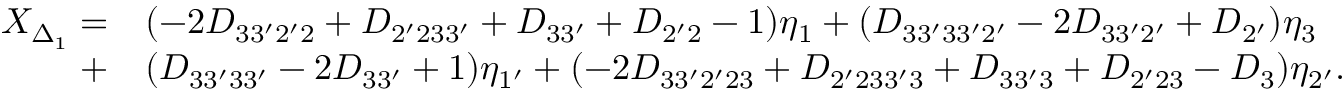
\begin{array} { r l } { X _ { \Delta _ { 1 } } = } & { ( - 2 D _ { 3 3 ^ { \prime } 2 ^ { \prime } 2 } + D _ { 2 ^ { \prime } 2 3 3 ^ { \prime } } + D _ { 3 3 ^ { \prime } } + D _ { 2 ^ { \prime } 2 } - 1 ) { \eta _ { 1 } } + ( { { D _ { 3 3 ^ { \prime } 3 3 ^ { \prime } 2 ^ { \prime } } } - 2 { D _ { 3 3 ^ { \prime } 2 ^ { \prime } } } + { D _ { 2 ^ { \prime } } } } ) { \eta _ { 3 } } } \\ { + } & { ( { D _ { 3 3 ^ { \prime } 3 3 ^ { \prime } } - 2 { D _ { 3 3 ^ { \prime } } } + 1 } ) { \eta _ { 1 ^ { \prime } } } + ( - 2 { D _ { 3 3 ^ { \prime } 2 ^ { \prime } 2 3 } } + { D _ { 2 ^ { \prime } 2 3 3 ^ { \prime } 3 } } + { D _ { 3 3 ^ { \prime } 3 } } + { D _ { 2 ^ { \prime } 2 3 } } - { D _ { 3 } } ) { \eta _ { 2 ^ { \prime } } } . } \end{array}